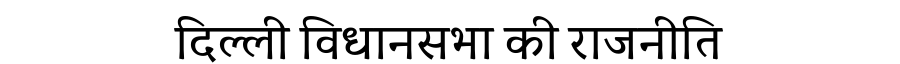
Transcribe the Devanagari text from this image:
दिल्ली विधानसभा की राजनीति